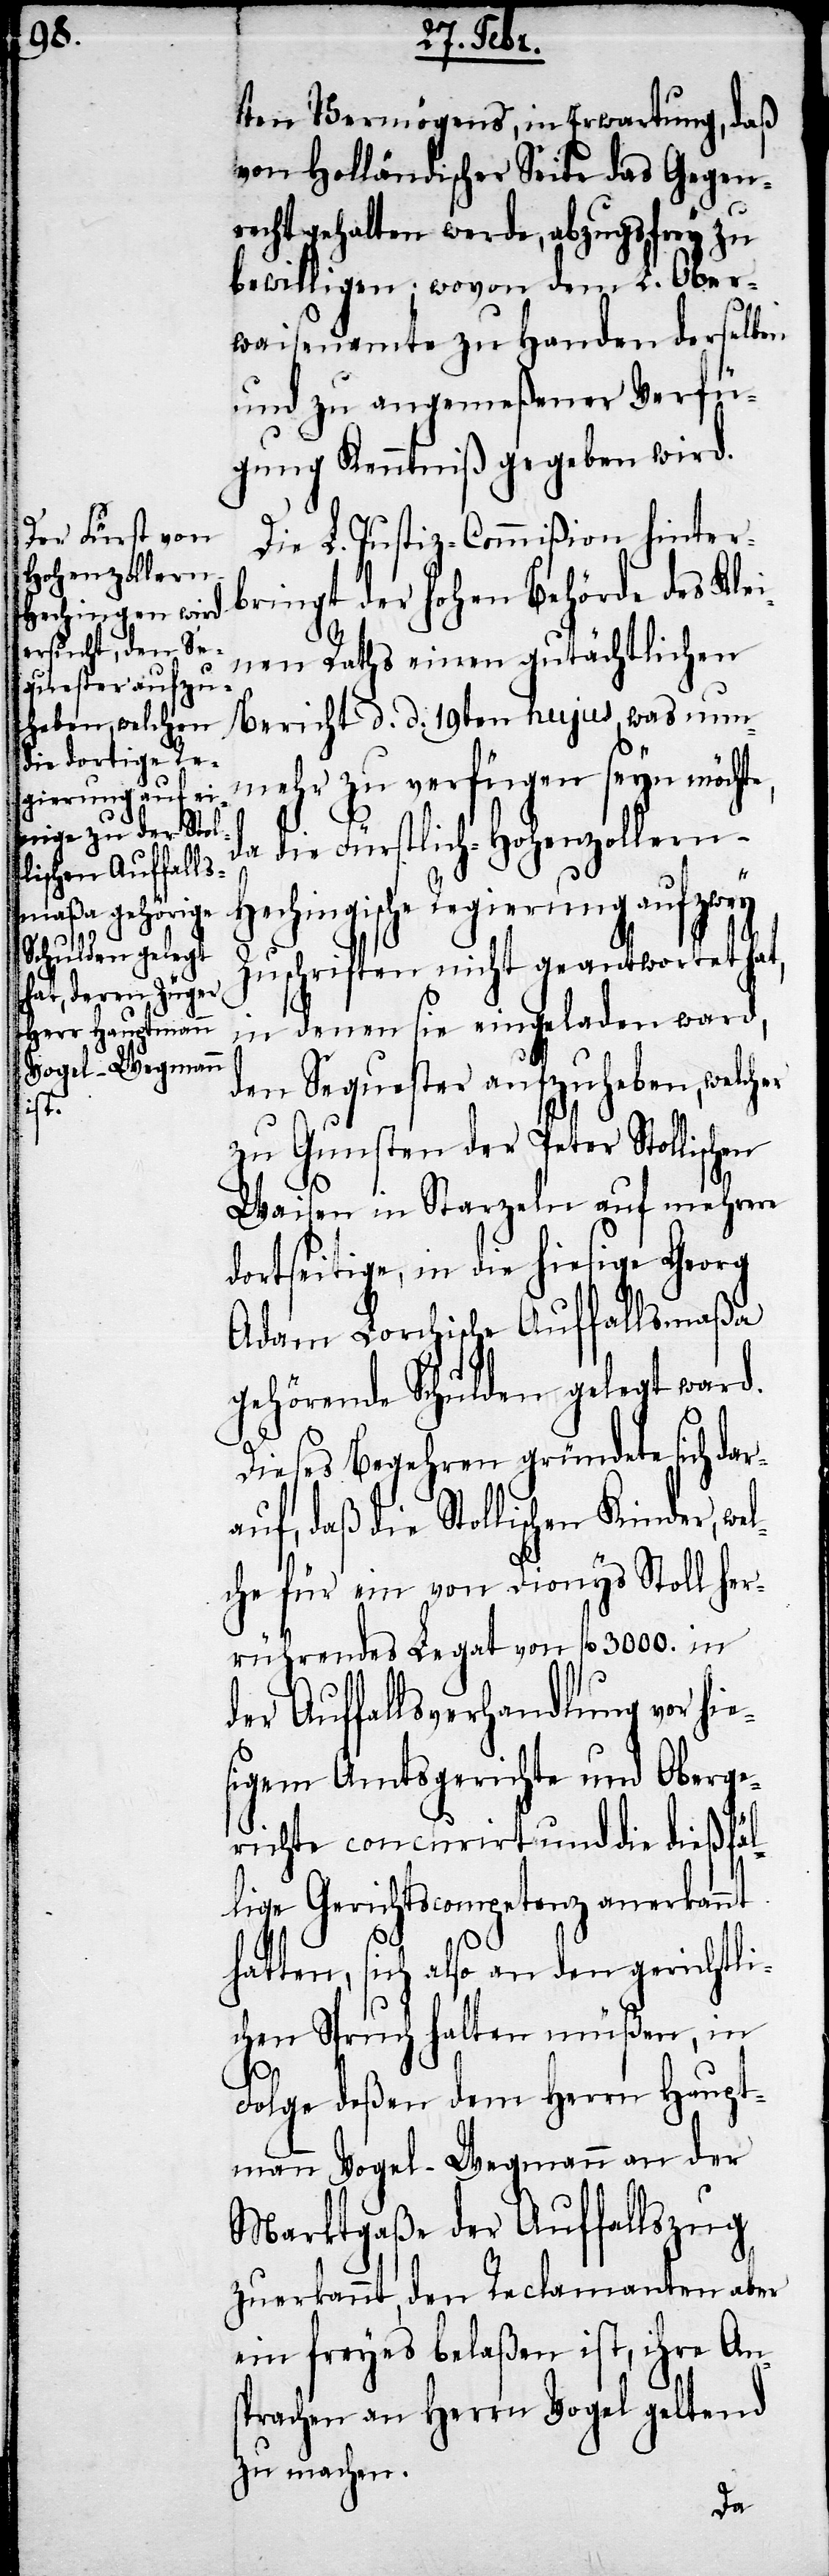
r¬

ten Vermögens, in Erwartung, daß
von Holländischer Seite das Gegen¬
recht gehalten werde, abzugsfrey zu
bewilligen; wovon dem L. Ober¬
waisenamte zu Handen derselben
und zu angemeßener Verfü¬
gung Kenntniß gegeben wird.
Die L. Justiz-Commißion hinter¬
bringt der hohen Behörde des Klei¬
nen Raths einen gutächtlichen
Bericht d. d. 19ten hujus, was nun¬
mehr zu verfügen seyn möchte,
da die Fürstlich-Hohenzollern-H¬
echingische Regierung auf zwey
Zuschriften nicht geantwortet hat,
in denen sie eingeladen ward,
den Sequester aufzuheben, welcher
zu Gunsten der Peter Stollischen
Waisen in Starzeln auf mehrere
dortseitige, in die hiesige Georg
Adam Forchische Auffallsmaßa
gehörende Schulden gelegt ward.
Dieses Begehren gründete sich da¬
auf, daß die Stollischen Kinder, we¬
lche für ein von Dionys Stoll her¬
rührendes Legat von fl. 3000. in
der Auffallsverhandlung vor hie¬
sigem Amtsgerichte und Oberge¬
richte concurirt und die dießfäl¬
lige Gerichtscompetenz anerkannt
hatten, sich also an den gerichtli¬
chen Spruch halten müßen, in
Folge deßen dem Herrn Haupt¬
mann Vogel-Wegmann an der
Marktgaße der Auffallszug
zuerkannt, den Reclamanten aber
ein freyes belaßen ist, ihre Ans¬
prachen an Herrn Vogel geltend
zu machen.